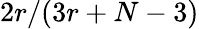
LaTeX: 2r/(3r+N-3)